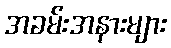
အခမ်းအနားများ